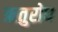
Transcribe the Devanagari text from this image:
ऋतुरोध